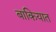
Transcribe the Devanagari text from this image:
बाकियात